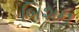
બિશન